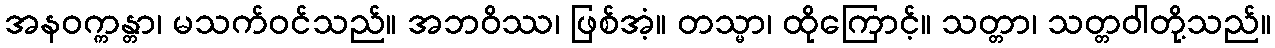
အနဝက္ကန္တာ၊ မသက်ဝင်သည်။ အဘဝိဿ၊ ဖြစ်အံ့။ တသ္မာ၊ ထိုကြောင့်။ သတ္တာ၊ သတ္တဝါတို့သည်။